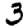
Digit: 3